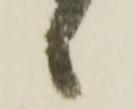
候